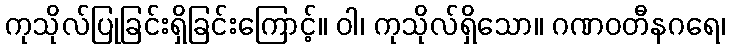
ကုသိုလ်ပြုခြင်းရှိခြင်းကြောင့်။ ဝါ၊ ကုသိုလ်ရှိသော။ ဂဏဝတီနဂရေ၊